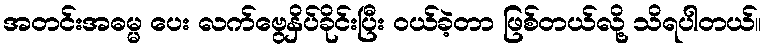
အတင်းအဓမ္မ ပေး လက်ဗွေနှိပ်ခိုင်းပြီး ၀ယ်ခဲ့တာ ဖြစ်တယ်လို့ သိရပါတယ်။